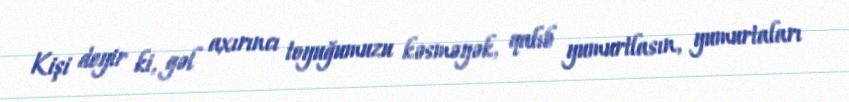
Kişi deyir ki, gəl axırıncı toyuğumuzu kəsməyək, qalıb yumurtlasın, yumurtaları